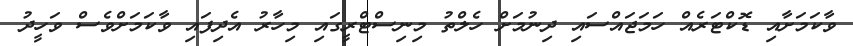
ވާކަމަށާއި ޑޮކްޓަރެއް ހަމަޖައްސައި ދިނުމަށް ހެލްތު މިނިސްޓްރީގައި މިހާރު އެދިފައި ވާކަމަށްވެސް ވަހީދު